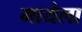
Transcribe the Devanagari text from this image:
मायेला